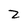
Character: z